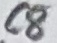
Text: C8